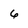
Character: 6